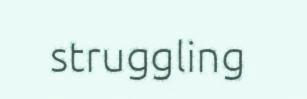
struggling